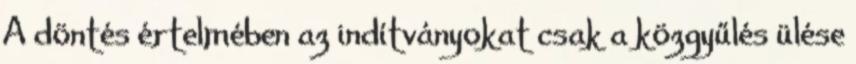
A döntés értelmében az indítványokat csak a közgyűlés ülése